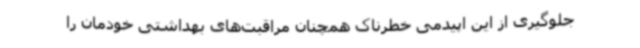
جلوگیری از این اپیدمی خطرناک همچنان مراقبت‌های بهداشتی خودمان را